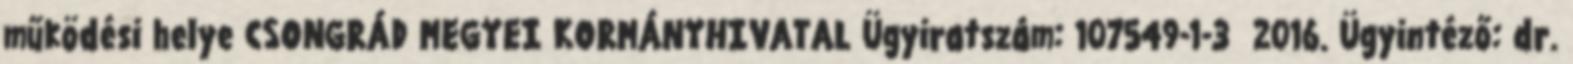
működési helye CSONGRÁD MEGYEI KORMÁNYHIVATAL Ügyiratszám: 107549-1-3 2016. Ügyintéző: dr.